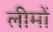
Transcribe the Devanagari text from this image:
लीमों